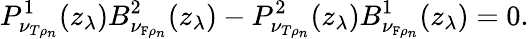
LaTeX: P_{\nu_{T\rho_{n}}}^{1}(z_{\lambda})B_{\nu_{\mathtt{F}\rho_{n}}}^{2}(z_{\lambda})-P_{\nu_{T\rho_{n}}}^{2}(z_{\lambda})B_{\nu_{\mathtt{F}\rho_{n}}}^{1}(z_{\lambda})=0.